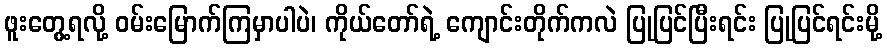
ဖူးတွေ့ရလို့ ဝမ်းမြောက်ကြမှာပါပဲ၊ ကိုယ်တော်ရဲ့ ကျောင်းတိုက်ကလဲ ပြုပြင်ပြီးရင်း ပြုပြင်ရင်းမို့